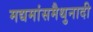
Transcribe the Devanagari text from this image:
मद्यमांसमैथुनादी